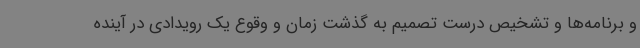
و برنامه‌ها و تشخیص درست تصمیم به گذشت زمان و وقوع یک رویدادی در آینده